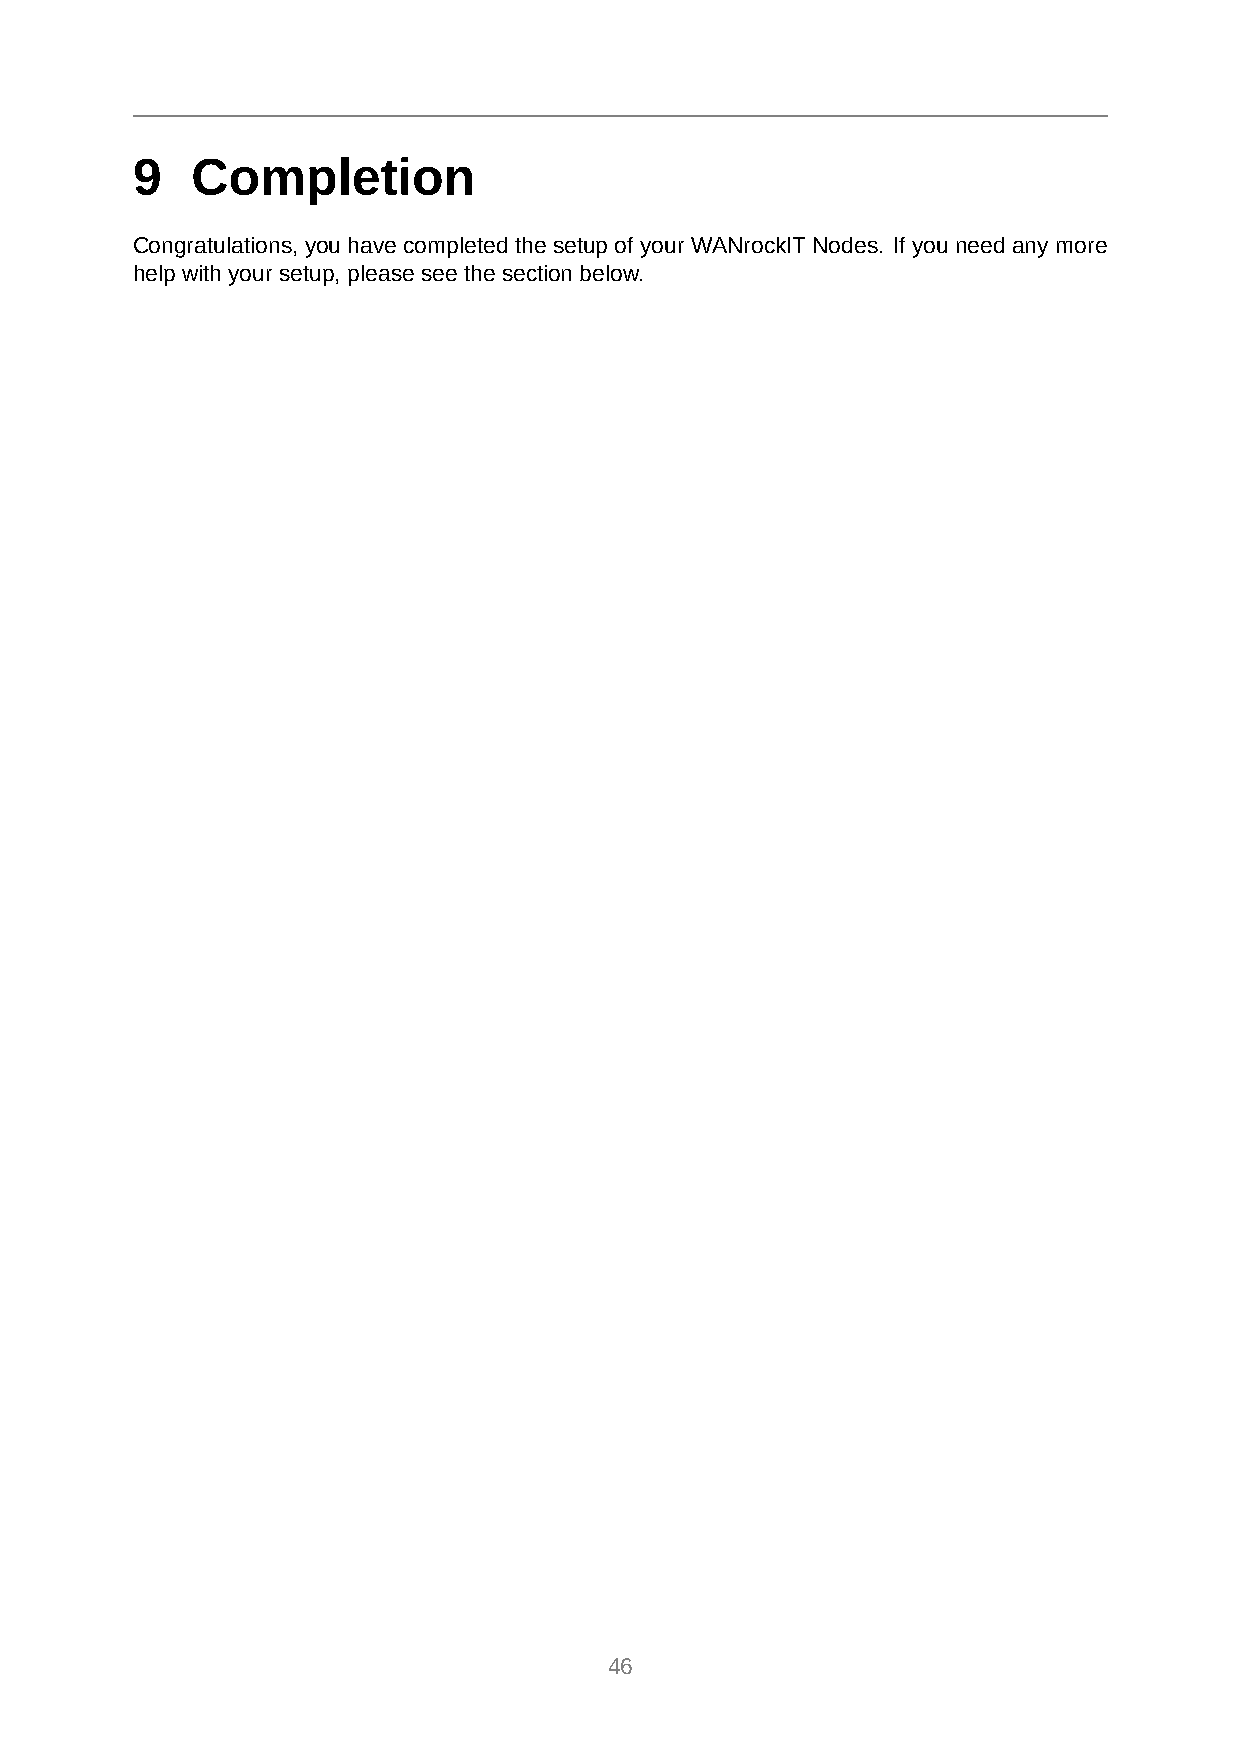
9   Completion
 Congratulations, you have completed the setup of your WANrockITNodes. If you need any more
 help with your setup, please see the section below.
 46